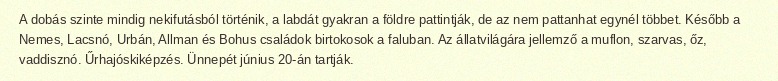
A dobás szinte mindig nekifutásból történik, a labdát gyakran a földre pattintják, de az nem pattanhat egynél többet. Később a Nemes, Lacsnó, Urbán, Allman és Bohus családok birtokosok a faluban. Az állatvilágára jellemző a muflon, szarvas, őz, vaddisznó. Űrhajóskiképzés. Ünnepét június 20-án tartják.